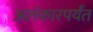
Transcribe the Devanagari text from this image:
अलंकारपर्यंत